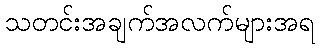
သတင်းအချက်အလက်များအရ